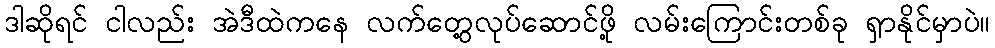
ဒါဆိုရင် ငါလည်း အဲဒီထဲကနေ လက်တွေ့လုပ်ဆောင်ဖို့ လမ်းကြောင်းတစ်ခု ရှာနိုင်မှာပဲ။